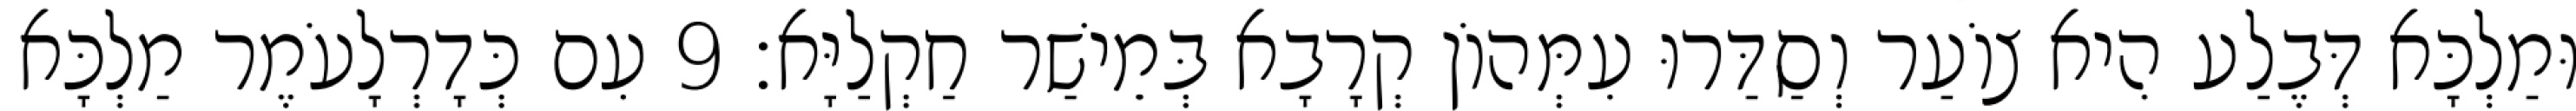
וּמַלְכָּא דְּבֶלַע הִיא צוֹעַר וְסַדַּרוּ עִמְּהוֹן קְרָבָא בְּמֵישַׁר חַקְלַיָּא׃ 9 עִם כְּדָרְלָעֹמֶר מַלְכָּא